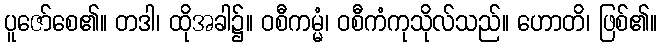
ပူဇော်စေ၏။ တဒါ၊ ထိုအခါ၌။ ဝစီကမ္မံ၊ ဝစီကံကုသိုလ်သည်။ ဟောတိ၊ ဖြစ်၏။